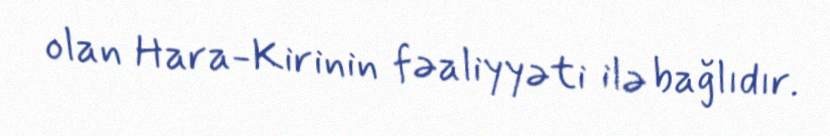
olan Hara-Kirinin fəaliyyəti ilə bağlıdır.